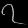
Digit: ၇